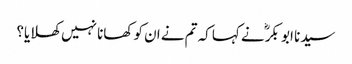
سیدنا ابو بکرؓ نے کہا کہ تم نے ان کو کھانا نہیں کھلایا؟